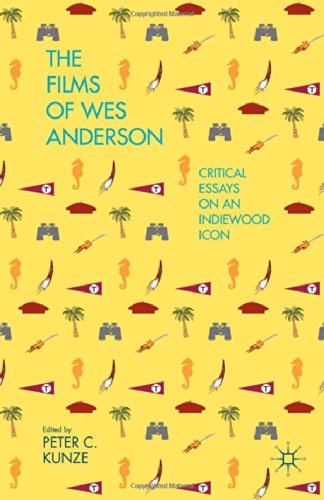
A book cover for The Films of Wes Anderson: Critical Essays on an Indiewood Icon; Humor & Entertainment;